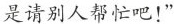
是请别人帮忙吧！”